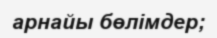
арнайы бөлімдер;